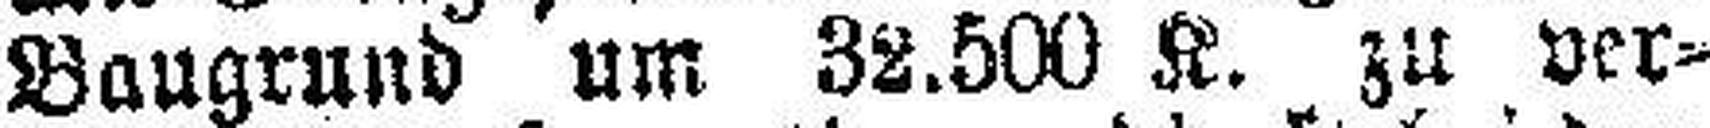
Baugrund um 32.500 K, zu ver¬